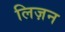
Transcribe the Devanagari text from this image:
लिज़न